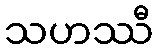
သဟဿီ